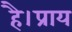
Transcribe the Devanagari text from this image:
है।प्राय